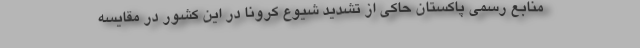
منابع رسمی پاکستان حاکی از تشدید شیوع کرونا در این کشور در مقایسه